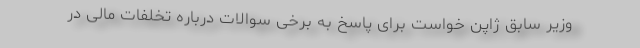
وزیر سابق ژاپن خواست برای پاسخ به برخی سوالات درباره تخلفات مالی در